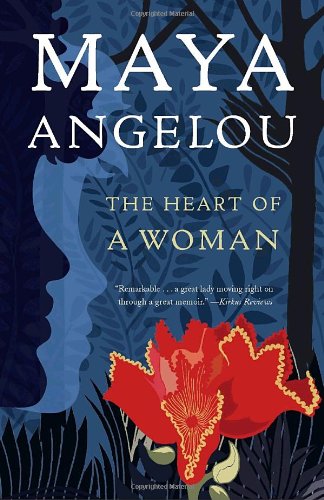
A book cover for The Heart of a Woman; Maya Angelou; Biographies & Memoirs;